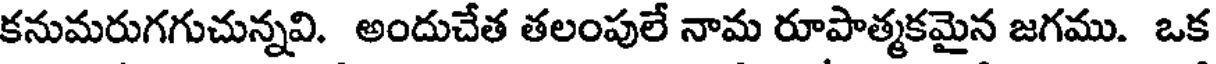
కనుమరుగగుచున్నవి. అందుచేత తలంపులే నామ రూపాత్మకమైన జగము. ఒక